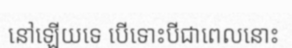
នៅឡើយទេ បើទោះបីជាពេលនោះ